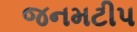
જનમટીપ